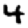
Digit: 4